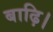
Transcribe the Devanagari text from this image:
बाढ़ि।